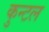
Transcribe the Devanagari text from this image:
कुन्टल